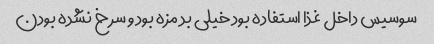
سوسیس داخل غذا استفاده بود خیلی بد مزه بود و سرخ نشده بودن